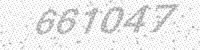
Solution: 661047